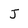
Character: J